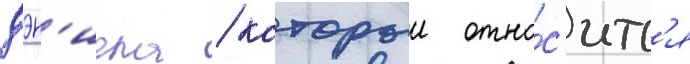
дэн'иела / которыи отно́с'итс'я